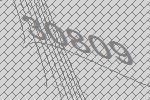
30809